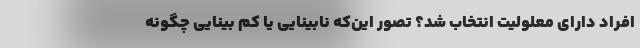
افراد دارای معلولیت انتخاب شد؟ تصور این‌که نابینایی یا کم بینایی چگونه